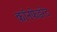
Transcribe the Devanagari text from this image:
कॉनफेडरेट